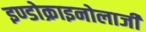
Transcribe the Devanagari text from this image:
इण्डोक्राइनोलाजी